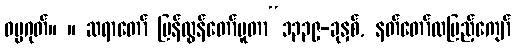
ဓမ္မဂုတ်။ ။ ဆရာတော် ပြန်လွန်တော်မူတာ“၁၃၃၉-ခုနှစ်, နတ်တော်လပြည့်ကျော်